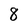
Character: 8